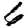
Digit: 6